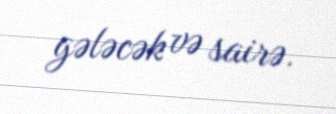
gələcək və sairə.